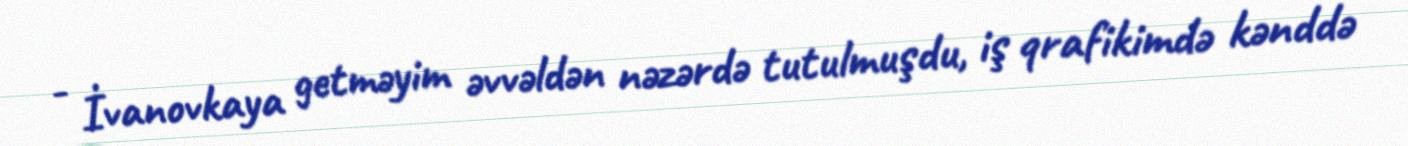
- İvanovkaya getməyim əvvəldən nəzərdə tutulmuşdu, iş qrafikimdə kənddə